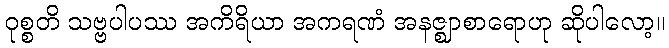
ဝုစ္စတိ သဗ္ဗပါပဿ အကိရိယာ အကရဏံ အနဇ္ဈာစာရောဟု ဆိုပါလော့။